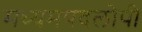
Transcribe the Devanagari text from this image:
मध्यमपदलोपी